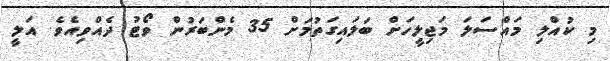
މި ކުއްލި މައްސަލަ މަޖިލީހަށް ބަލައިގަތުމަށް 35 މެންބަރުން ވޯޓު ދެއްވިއެވެ. އަލީ